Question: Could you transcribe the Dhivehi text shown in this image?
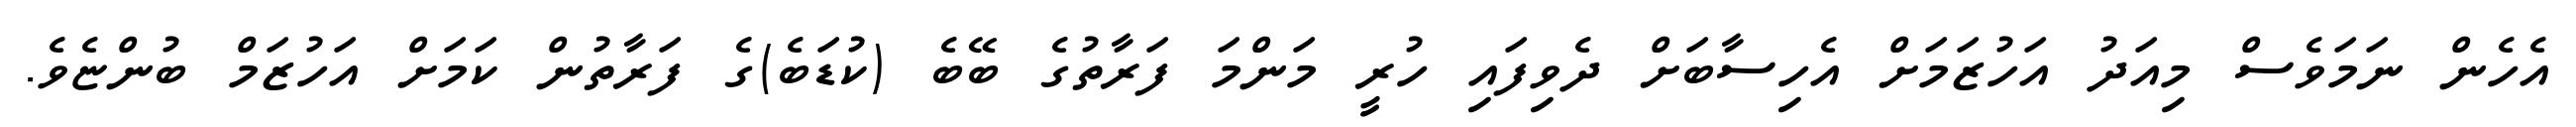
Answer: އެހެން ނަމަވެސް މިއަދު އަހުޒަމަށް އެހިސާބަށް ދެވިފައި ހުރީ މަންމަ ފަރާތުގެ ބޭބެ (ކުޑަބެ)ގެ ފަރާތުން ކަމަށް އަހުޒަމް ބުންޏެވެ.